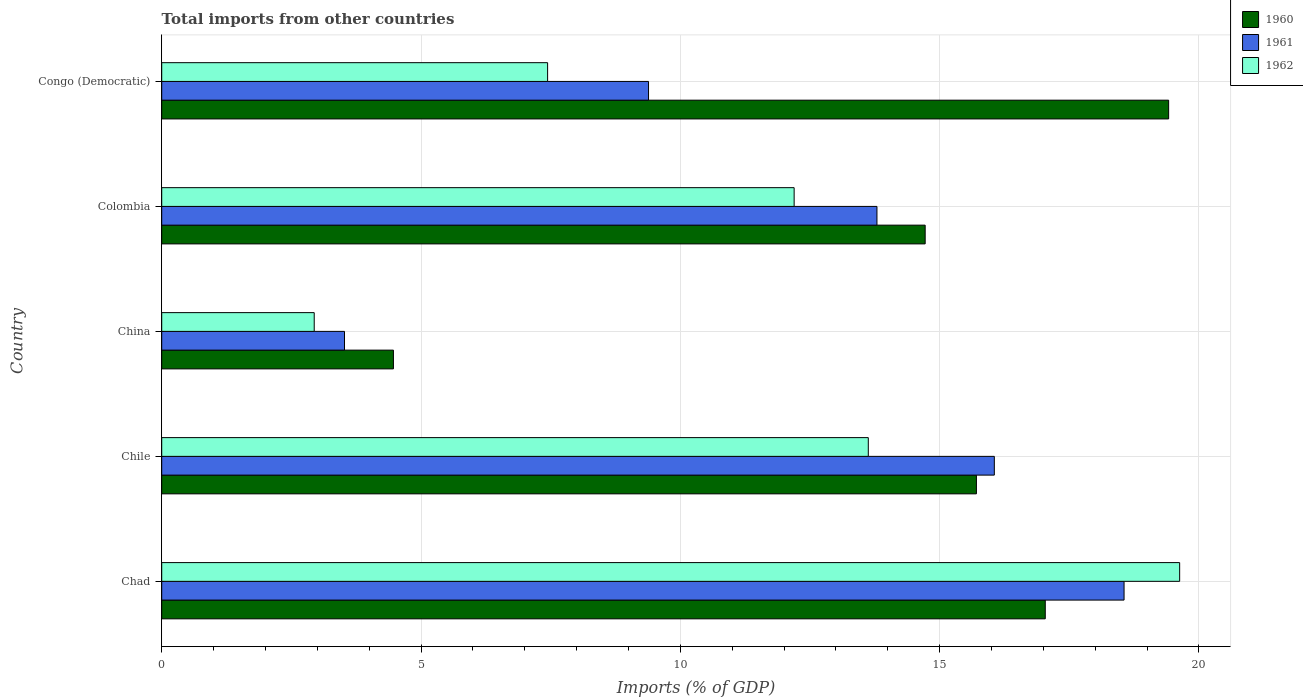
| Country | 1960 | 1961 | 1962 |
 | --- | --- | --- | --- |
 | Chad | 17 | 18.6 | 19.6 |
 | Chile | 15.7 | 16.1 | 13.6 |
 | China | 4.47 | 3.52 | 2.94 |
 | Colombia | 14.7 | 13.8 | 12.2 |
 | Congo (Democratic) | 19.4 | 9.39 | 7.44 |